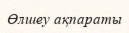
Өлшеу ақпараты